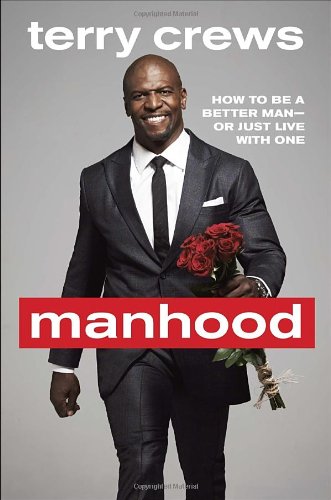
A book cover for Manhood: How to Be a Better Man-or Just Live with One; Terry Crews; Humor & Entertainment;